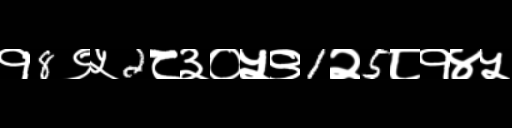
Text: १8९५2८३०५९1२5८१४५